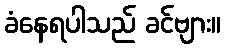
ခံနေရပါသည် ခင်ဗျား။